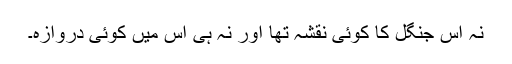
نہ اس جنگل کا کوئی نقشہ تھا اور نہ ہی اس میں کوئی دروازہ۔